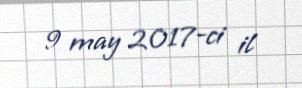
9 may 2017-ci il